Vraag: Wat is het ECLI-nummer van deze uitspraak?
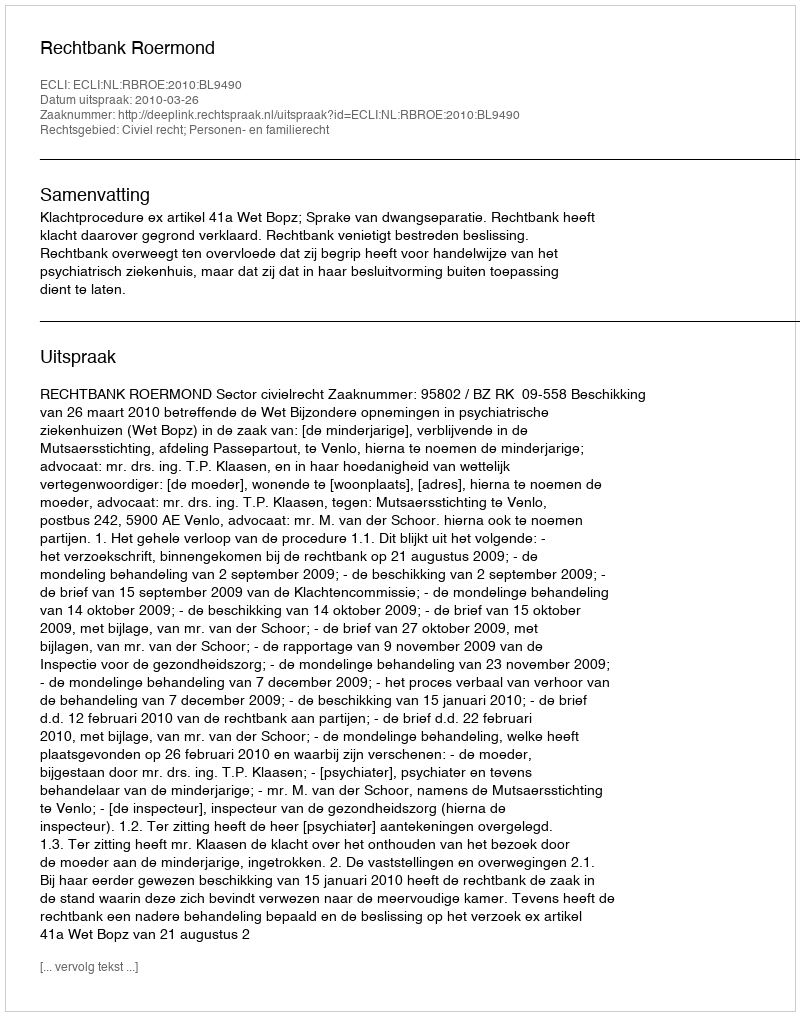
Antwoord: ECLI:NL:RBROE:2010:BL9490